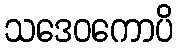
သဒေဝကောပိ